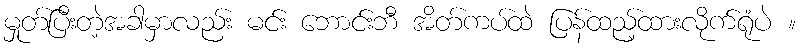
မှုတ်ပြီးတဲ့အခါမှာလည်း မင်း ဘောင်းဘီ အိတ်ကပ်ထဲ ပြန်ထည့်ထားလိုက်ရုံပဲ ။